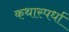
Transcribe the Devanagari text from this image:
कथास्पर्धा